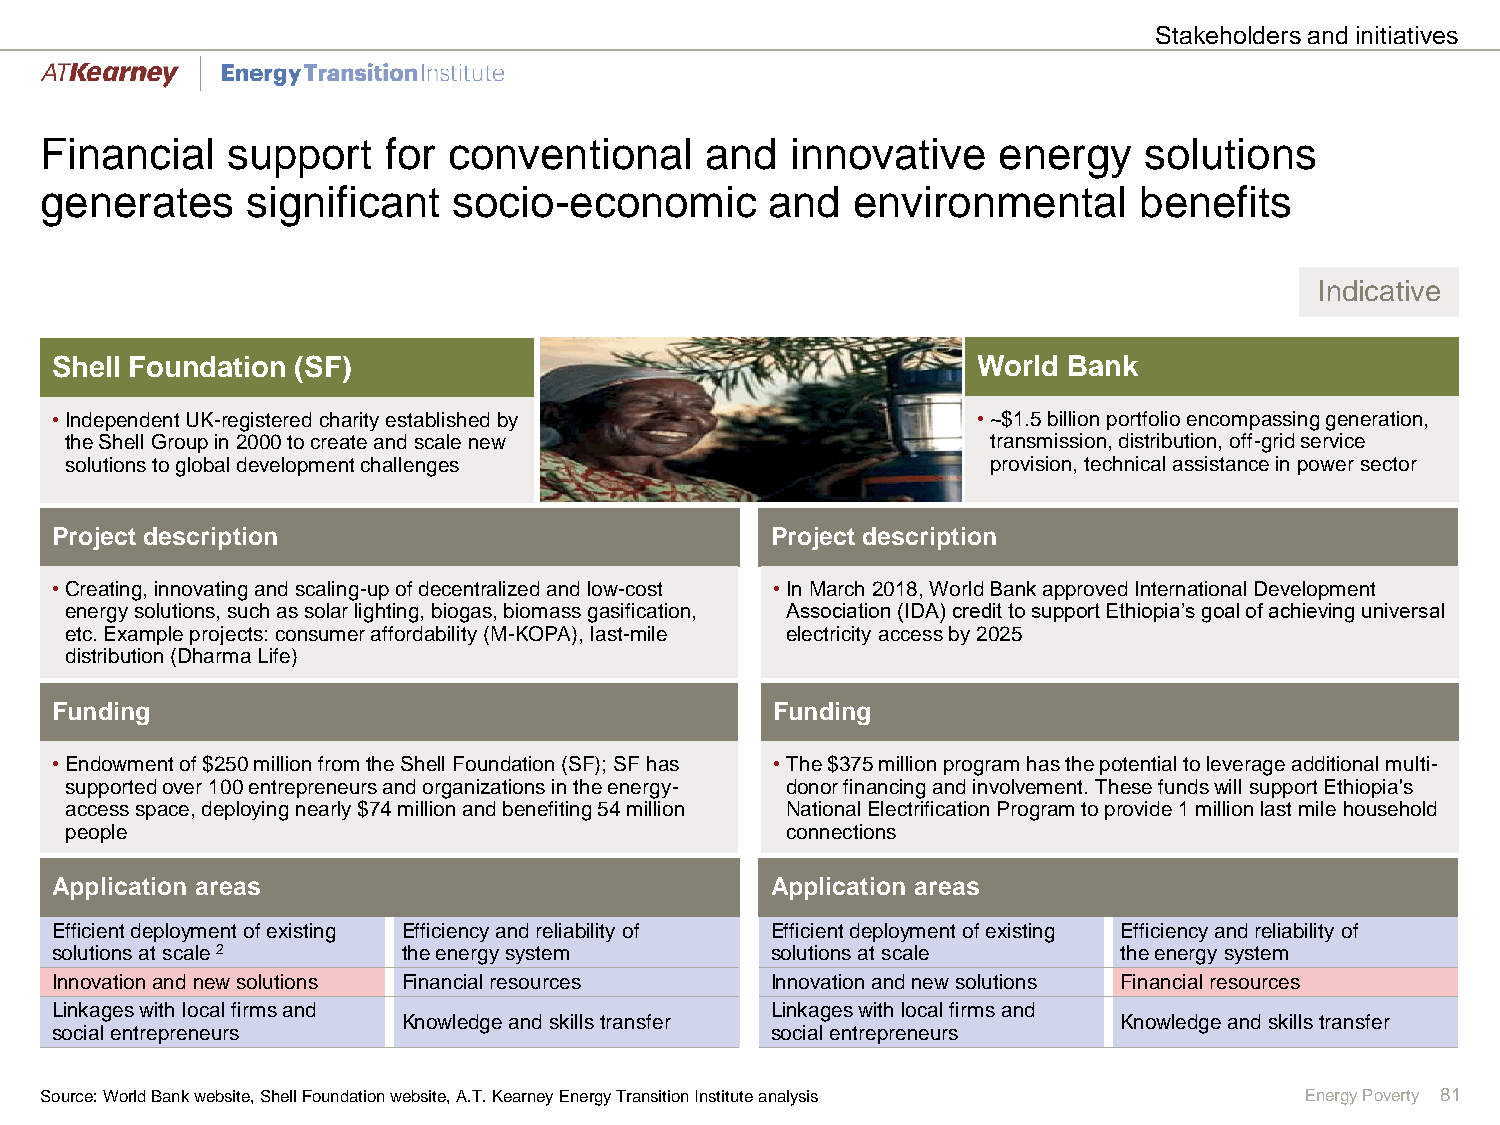
Stakeholders and initiatives
 Financial   support   for  conventional     and  innovative    energy    solutions
 generates    significant   socio-economic       and  environmental      benefits
 Indicative
 Shell Foundation (SF)                                         World Bank
 •Independent UK-registered charity established by             •~$1.5 billion portfolio encompassing generation,
 the Shell Group in 2000 to create and scale new               transmission, distribution, off-grid service
 solutions to global development challenges                    provision, technical assistance in power sector
 Project description                             Project description
 •Creating, innovating and scaling-up of decentralized and low-cost •In March 2018, World Bank approved International Development
 energy solutions, such as solar lighting, biogas, biomass gasification, Association (IDA) credit to support Ethiopia’s goal of achieving universal
 etc. Example projects: consumer affordability (M-KOPA), last-mile electricity access by 2025
 distribution (Dharma Life)
 Funding                                         Funding
 •Endowment of $250 million from the Shell Foundation (SF); SF has •The $375 million program has the potential to leverage additional multi-
 supported over 100 entrepreneurs and organizations in the energy- donor financing and involvement. These funds will support Ethiopia's
 access space, deploying nearly $74 million and benefiting 54 million National Electrification Program to provide 1 million last mile household
 people                                          connections
 Application areas                               Application areas
 Efficient deployment of existing Efficiency and reliability of Efficient deployment of existing Efficiency and reliability of
 solutions at scale 2    the energy system       solutions at scale     the energy system
 Innovation and new solutions Financial resources Innovation and new solutions Financial resources
 Linkages with local firms and                   Linkages with local firms and
 Knowledge and skills transfer                  Knowledge and skills transfer
 social entrepreneurs                            social entrepreneurs
 Source: World Bank website, Shell Foundation website, A.T. Kearney Energy Transition Institute analysis Energy Poverty 81